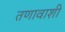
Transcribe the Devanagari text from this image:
तणावाशी